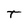
Character: T